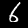
Digit: 6